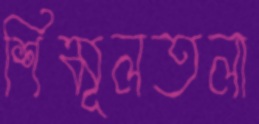
শিমূলতলা